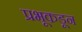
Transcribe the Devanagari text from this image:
प्रभूकडून